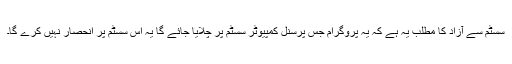
سسٹم سے آزاد کا مطلب یہ ہے کہ یہ پروگرام جس پرسنل کمپیوٹر سسٹم پر چلایا جائے گا یہ اس سسٹم پر انحصار نہیں کرے گا۔